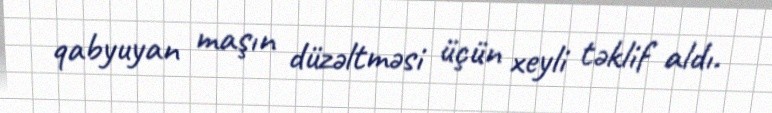
qabyuyan maşın düzəltməsi üçün xeyli təklif aldı.